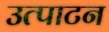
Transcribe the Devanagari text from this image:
उत्पाटन